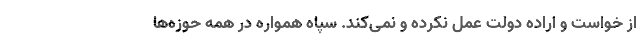
از خواست و اراده دولت عمل نکرده و نمی‌کند. سپاه همواره در همه حوزه‌ها